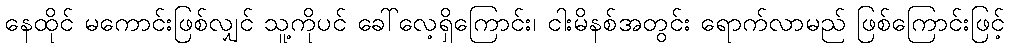
နေထိုင် မကောင်းဖြစ်လျှင် သူ့ကိုပင် ခေါ်လေ့ရှိကြောင်း၊ ငါးမိနစ်အတွင်း ရောက်လာမည် ဖြစ်ကြောင်းဖြင့်